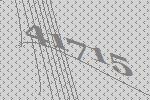
41715